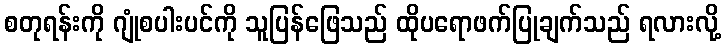
စတုရန်းကို ဂျုံစပါးပင်ကို သူပြန်ဖြေသည် ထိုပရောဖက်ပြုချက်သည် ရလားလို့